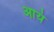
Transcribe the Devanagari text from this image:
आयं